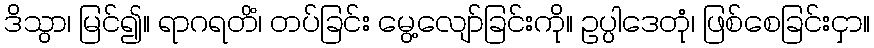
ဒိသွာ၊ မြင်၍။ ရာဂရတိံ၊ တပ်ခြင်း မွေ့လျော်ခြင်းကို။ ဥပ္ပါဒေတုံ၊ ဖြစ်စေခြင်းငှာ။